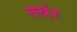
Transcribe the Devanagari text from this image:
तवंर